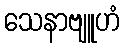
သေနာဗျူဟံ